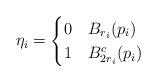
LaTeX: \begin{align*}\eta_i = \begin{cases} 0 & B_{r_i}(p_i)\\1 & B_{2r_i}^{c}(p_i)\end{cases}\end{align*}